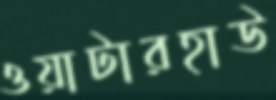
ওয়াটারহাউ